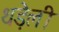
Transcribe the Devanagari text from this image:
थड़ेली